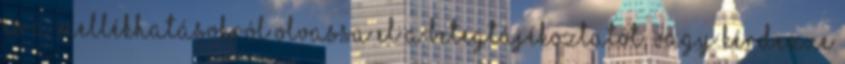
és a mellékhatásokról olvassa el a betegtájékoztatót, vagy kérdezze